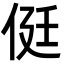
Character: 侹